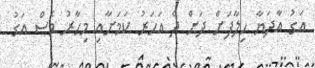
އަގު އާދަޔާ ހިލާފަށް ދަށް ދެ އަހަރު ކަމަށާއި މިހާރު ވެސް އަގު